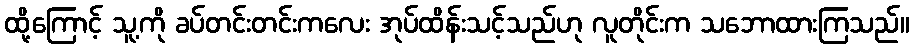
ထို့ကြောင့် သူ့ကို ခပ်တင်းတင်းကလေး အုပ်ထိန်းသင့်သည်ဟု လူတိုင်းက သဘောထားကြသည်။